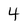
Character: 4